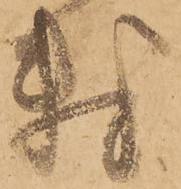
数